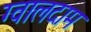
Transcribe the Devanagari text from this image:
ग्वालदाम